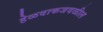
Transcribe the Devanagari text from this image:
हेळवाकजवळील